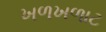
ખળખળાટ